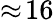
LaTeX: \approx\! 16